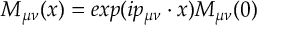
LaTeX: M _ { \mu \nu } ( x ) = e x p ( i p _ { \mu \nu } \cdot x ) M _ { \mu \nu } ( 0 )